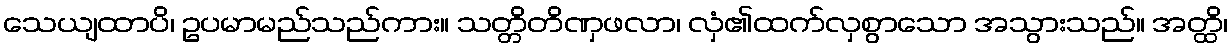
သေယျထာပိ၊ ဥပမာမည်သည်ကား။ သတ္တိတိဏှဖလာ၊ လှံ၏ထက်လှစွာသော အသွားသည်။ အတ္ထိ၊